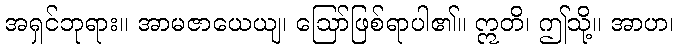
အရှင်ဘုရား။ အာမဇာယေယျ၊ ဩော်ဖြစ်ရာပါ၏။ ဣတိ၊ ဤသို့။ အာဟ၊